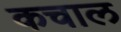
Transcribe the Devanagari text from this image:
कचाल